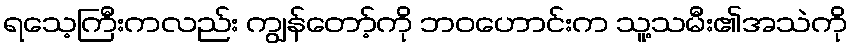
ရသေ့ကြီးကလည်း ကျွန်တော့်ကို ဘဝဟောင်းက သူ့သမီး၏အသဲကို